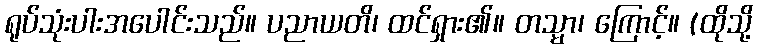
ရုပ်သုံးပါးအပေါင်းသည်။ ပညာယတိ၊ ထင်ရှား၏။ တသ္မာ၊ ကြောင့်။ (ထိုသို့